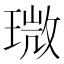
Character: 𤨉